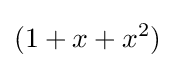
(1+x+x^{2})